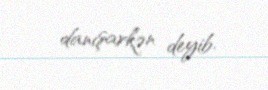
danışarkən deyib.